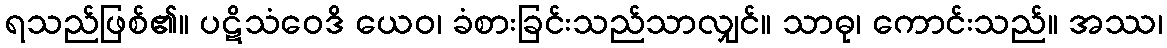
ရသည်ဖြစ်၏။ ပဋိသံဝေဒိ ယေဝ၊ ခံစားခြင်းသည်သာလျှင်။ သာဓု၊ ကောင်းသည်။ အဿ၊